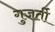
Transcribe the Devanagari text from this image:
गुजर्ती